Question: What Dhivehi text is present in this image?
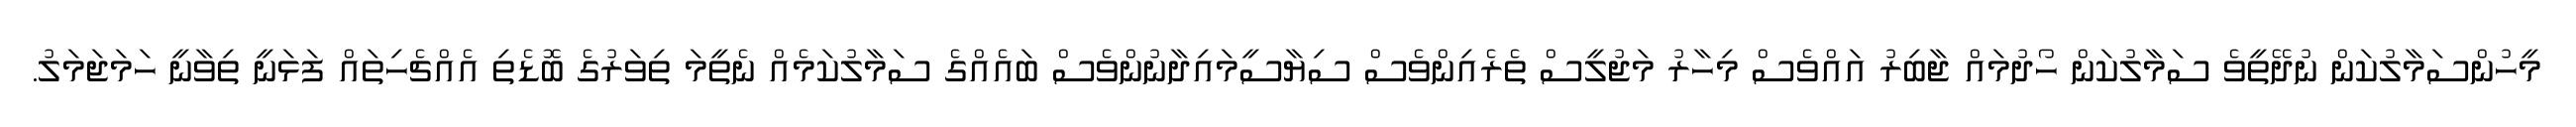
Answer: މީހުންސަމާލުކަން ނުދޭތީވެ ސަމާލުކަން ހޯދުމައް ޖާބިރު އައްވެސް މިހާރު މަޖުލީސް ތެރެއިންވެސް ސިޔާސީމައިދާނުންވެސް ބައެއްގެ ސަމާލުކަމެއް ނެތީމަ ތިވަރުގެ ބޮޑެތި އެއްޗެހިތައް ފަޅަނީ ތިވާނީ ހަމަޖަމަލު.